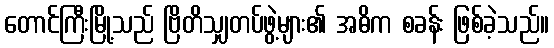
တောင်ကြီးမြို့သည် ဗြိတိသျှတပ်ဖွဲ့များ၏ အဓိက စခန်း ဖြစ်ခဲ့သည်။